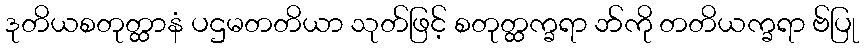
ဒုတိယစတုတ္ထာနံ ပဌမတတိယာ သုတ်ဖြင့် စတုတ္ထက္ခရာ ဘ်ကို တတိယက္ခရာ ဗ်ပြု